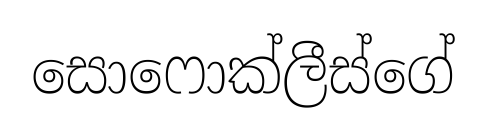
සොෆොක්ලීස්ගේ